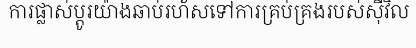
ការផ្លាស់ប្តូរយ៉ាងឆាប់រហ័សទៅការគ្រប់គ្រងរបស់ស៊ីវិល